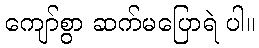
ကျော်စွာ ဆက်မပြောရဲ ပါ။